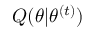
Q ( \theta | \theta ^ { ( t ) } )